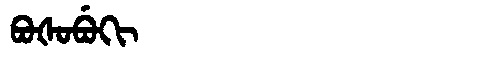
Manchu: ᠪᠣᡧᠣᠪᡠᡴᡳ
Romanization: BOŠOBUKI